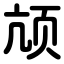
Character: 颃